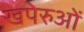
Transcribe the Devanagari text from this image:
खपेरुओं